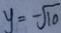
y = - \sqrt { 1 0 }